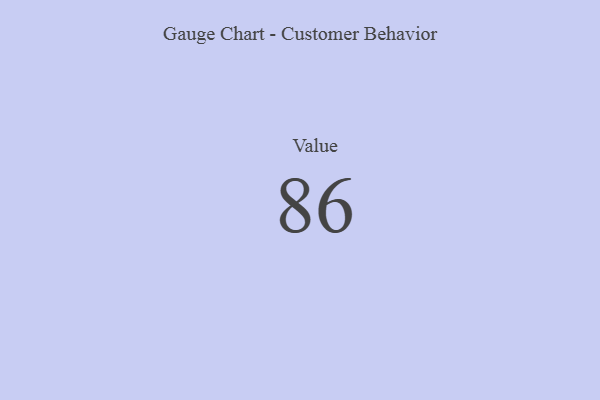
{"axis": {"x": "Metric", "y": "Value"}, "legend": [""], "data": [{"x": "Value", "y": 86, "type": ""}]}